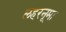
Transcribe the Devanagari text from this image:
लहरनूमा